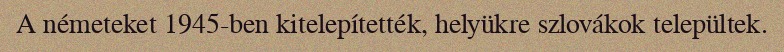
A németeket 1945-ben kitelepítették, helyükre szlovákok települtek.